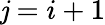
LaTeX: \mathit{j}=i+1